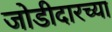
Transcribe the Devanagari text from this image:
जोडीदारच्या